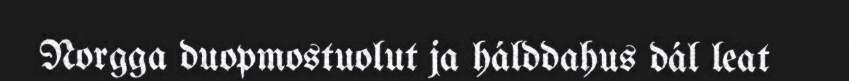
Norgga duopmostuolut ja hálddahus dál leat